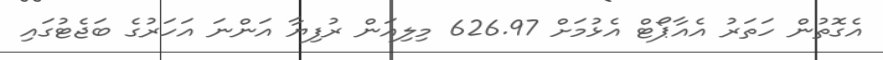
އެގޮތުން ހަތަރު އެއާޕޯޓް އެޅުމަށް 626.97 މިލިއަން ރުފިޔާ އަންނަ އަހަރުގެ ބަޖެޓުގައި